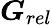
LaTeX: \boldsymbol{G}_{rel}